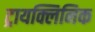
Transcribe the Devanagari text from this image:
ट्रायक्लिनिक